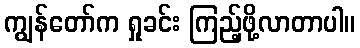
ကျွန်တော်က ရှုခင်း ကြည့်ဖို့လာတာပါ။